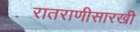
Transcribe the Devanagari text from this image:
रातराणीसारखी